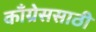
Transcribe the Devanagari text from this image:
काँग्रेससाठी